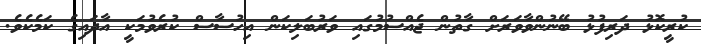
ކުރީކޮޅު ދަރިފުޅު ބޭނުންވާވަރަށް ގާތުން ޖެއްސުމުގައި ވަރުބަލިކަން އިހުސާސް ކުރެވުމަކީ އާދައިގެ ކަމެކެވެ.